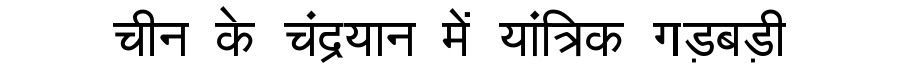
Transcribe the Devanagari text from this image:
चीन के चंद्रयान में यांत्रिक गड़बड़ी